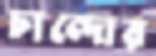
চান্দোর